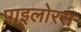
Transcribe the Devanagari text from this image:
पाइलोरस